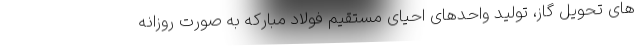
های تحویل گاز، تولید واحدهای احیای مستقیم فولاد مبارکه به صورت روزانه